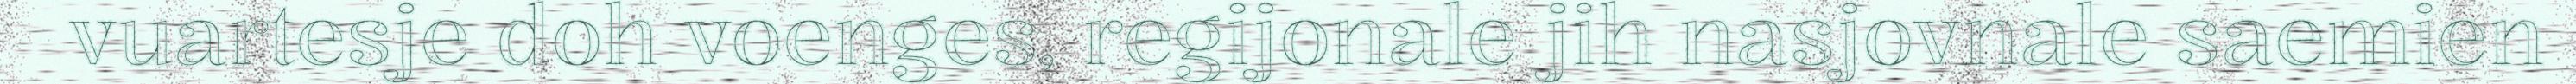
vuartesje doh voenges, regijonale jih nasjovnale saemien